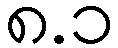
၈.၁